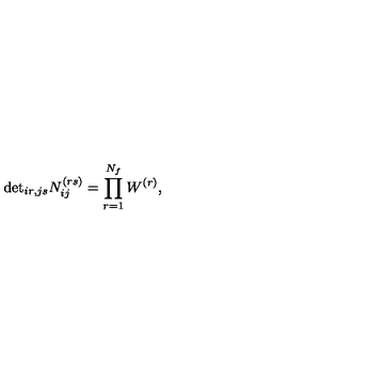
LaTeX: \mathrm { d e t } _ { i r , j s } N _ { i j } ^ { ( r s ) } = \prod _ { r = 1 } ^ { N _ { f } } W ^ { ( r ) } ,